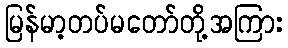
မြန်မာ့တပ်မတော်တို့အကြား